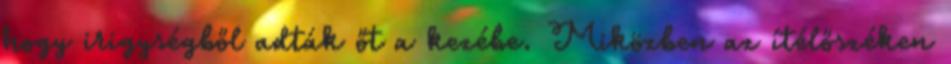
hogy irigységből adták őt a kezébe. Miközben az ítélőszéken